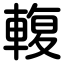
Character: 輹